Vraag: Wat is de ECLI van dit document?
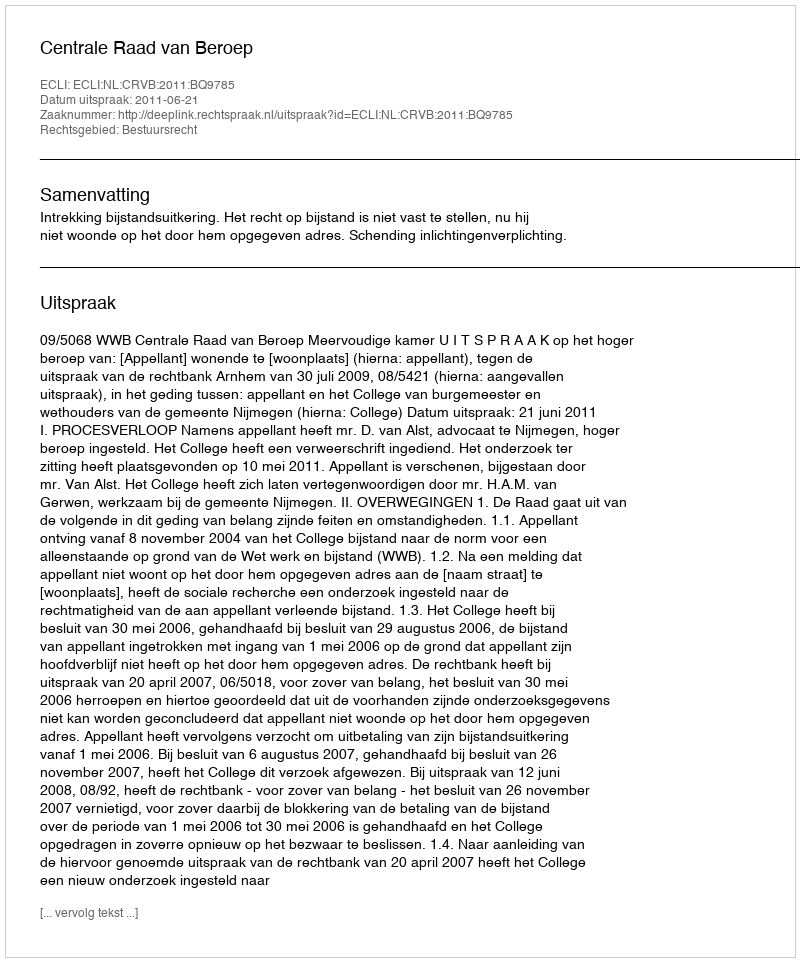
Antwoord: ECLI:NL:CRVB:2011:BQ9785